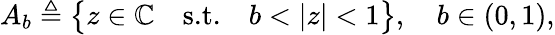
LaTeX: A_{b}\triangleq\big\{ z\in\mathbb{C}\quad\textnormal{s.t.}\quad b<|z|<1\big\} ,\quad b\in(0,1),